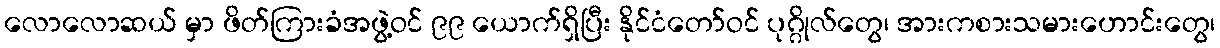
လောလောဆယ် မှာ ဖိတ်ကြားခံအဖွဲ့ဝင် ၉၉ ယောက်ရှိပြီး နိုင်ငံတော်ဝင် ပုဂ္ဂိုလ်တွေ၊ အားကစားသမားဟောင်းတွေ၊